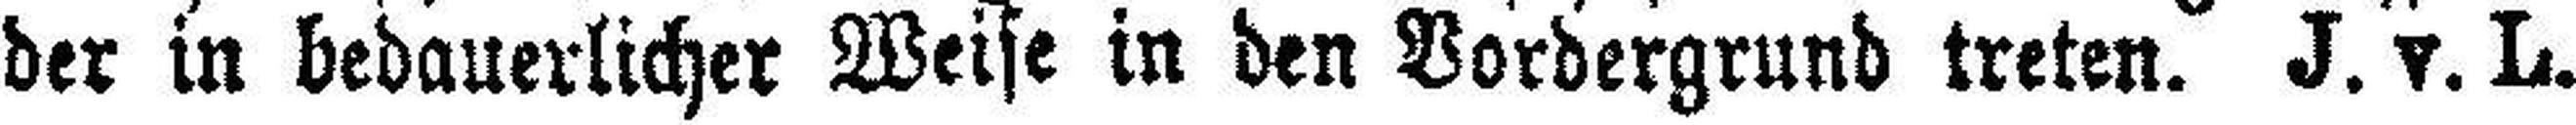
der in bedauerlicher Weise in den Vordergrund treten. J. v. L.